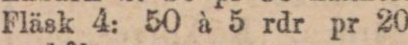
Fläsk 4: 50 à 5 rdr pr 20